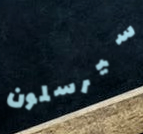
سيرسلون